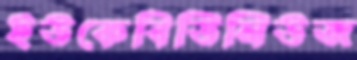
ইউকেবিডিনিউজ